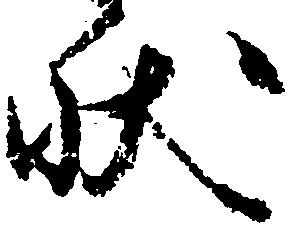
状